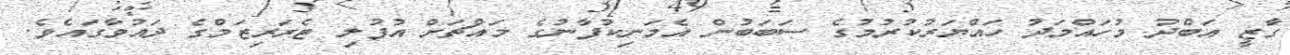
ގާޒީ އަބްދު މުހައްމަދު ހައްޔަރުކުރުމުގެ ސަބަބުން އެމަނިކުފާނުގެ މައްޗަށް އުފުލި ޓެރަރިޒަމްގެ ދައުވާގައެވެ.